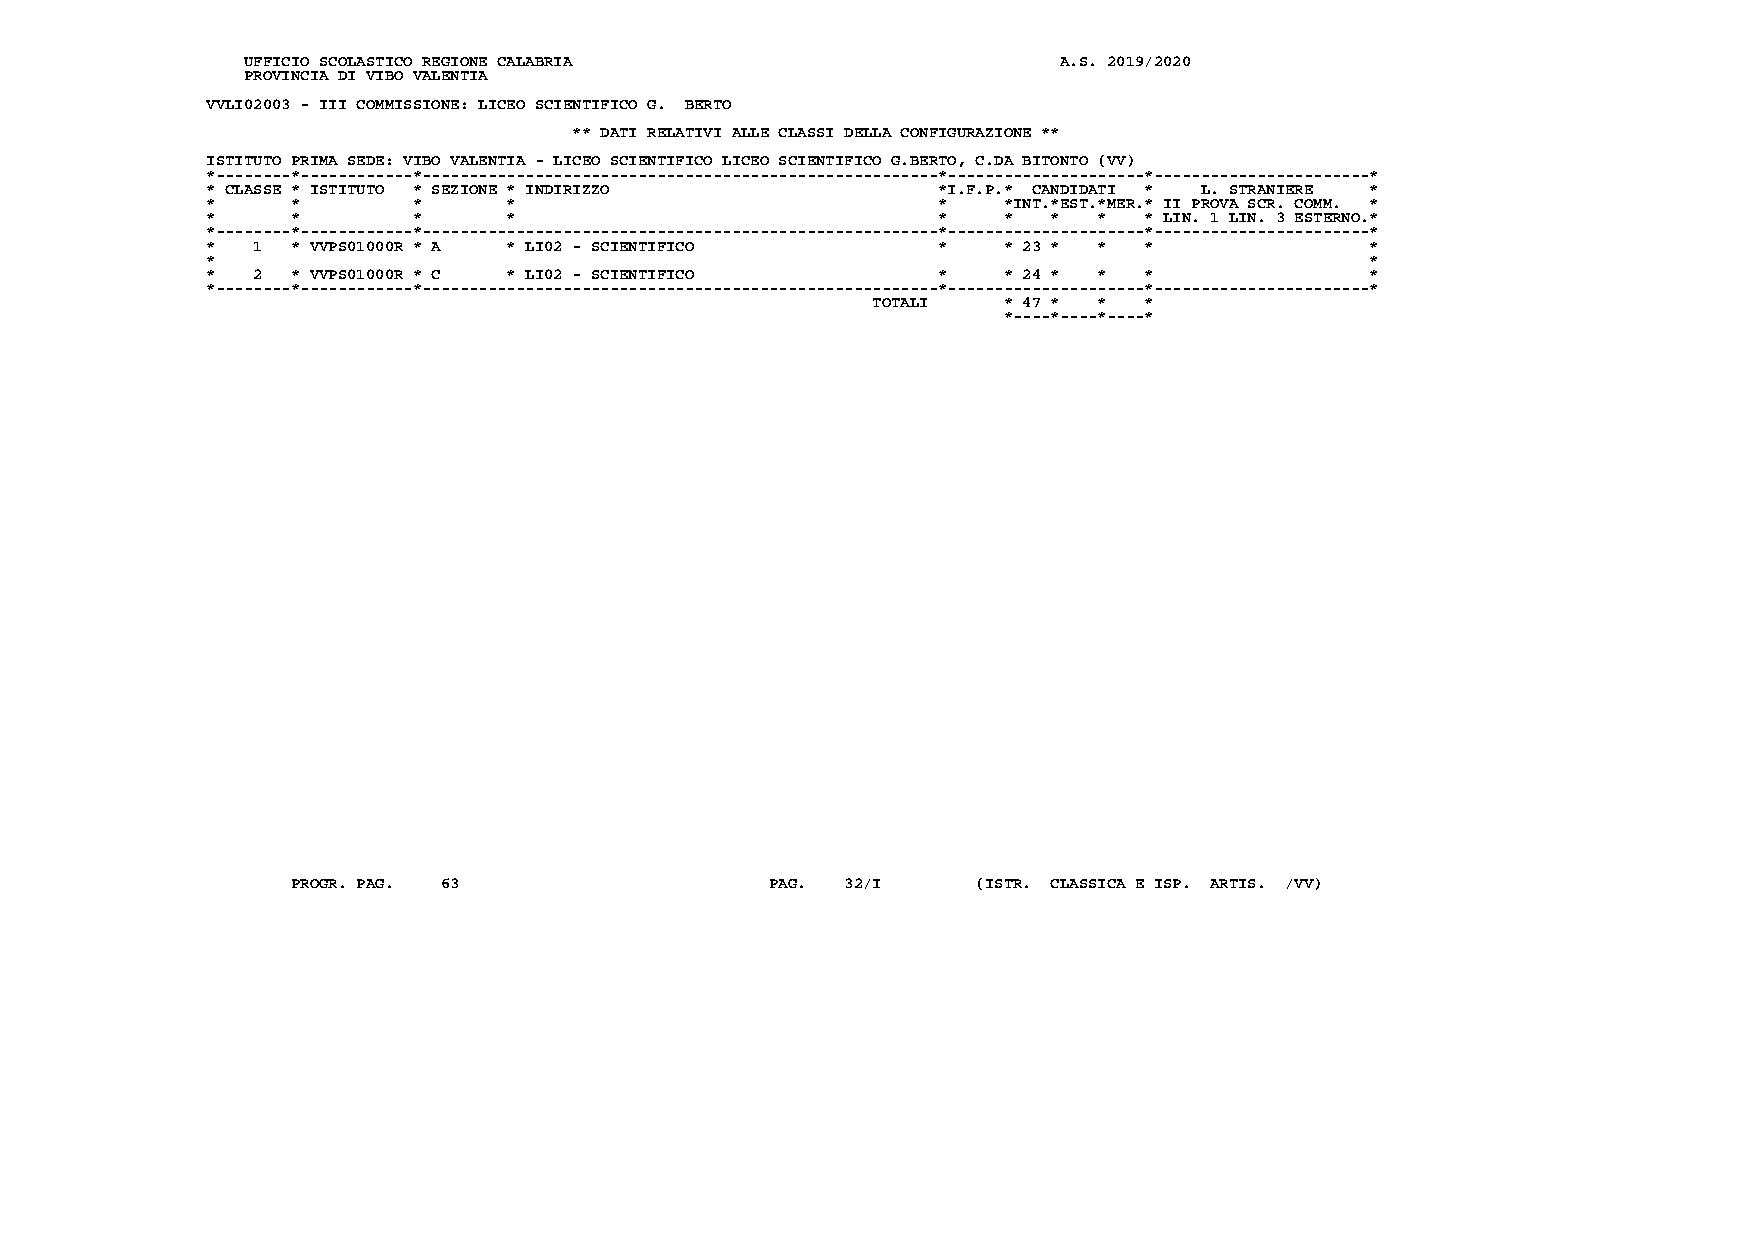
UFFICIO SCOLASTICO REGIONE CALABRIA                   A.S. 2019/2020
 PROVINCIA DI VIBO VALENTIA
 VVLI02003 - III COMMISSIONE: LICEO SCIENTIFICO G. BERTO
 ** DATI RELATIVI ALLE CLASSI DELLA CONFIGURAZIONE **
 ISTITUTO PRIMA SEDE: VIBO VALENTIA - LICEO SCIENTIFICO LICEO SCIENTIFICO G.BERTO, C.DA BITONTO (VV)
 *--------*------------*-------------------------------------------------------*---------------------*-----------------------*
 * CLASSE * ISTITUTO * SEZIONE * INDIRIZZO       *I.F.P.* CANDIDATI * L. STRANIERE *
 *    *       *      *                           *   *INT.*EST.*MER.* II PROVA SCR. COMM. *
 *    *       *      *                           *   *   *  *  * LIN. 1 LIN. 3 ESTERNO.*
 *--------*------------*-------------------------------------------------------*---------------------*-----------------------*
 *  1 * VVPS01000R * A * LI02 - SCIENTIFICO      *   * 23 * *  *              *
 *                                                                            *
 *  2 * VVPS01000R * C * LI02 - SCIENTIFICO      *   * 24 * *  *              *
 *--------*------------*-------------------------------------------------------*---------------------*-----------------------*
 TOTALI  * 47 * *  *
 *----*----*----*
 PROGR. PAG. 63                  PAG. 32/I     (ISTR. CLASSICA E ISP. ARTIS. /VV)